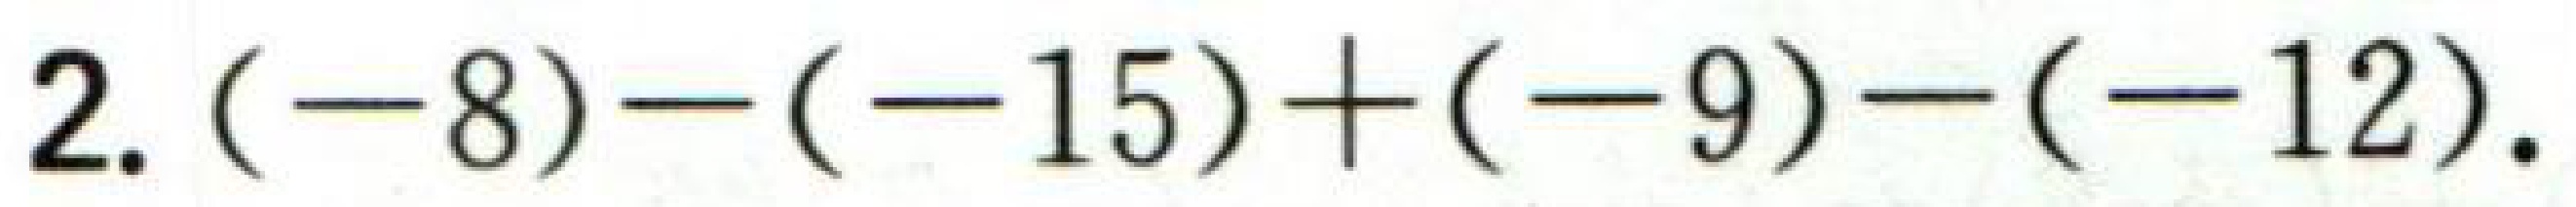
2. \((-8)-(-15)+(-9)-(-12)\).